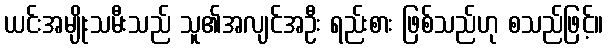
ယင်းအမျိုးသမီးသည် သူ၏အလျင်အဦး ရည်းစား ဖြစ်သည်ဟု စသည်ဖြင့်။